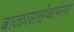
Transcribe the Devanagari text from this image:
बाळासाहेबांनंतर